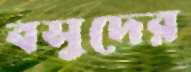
বসুদের